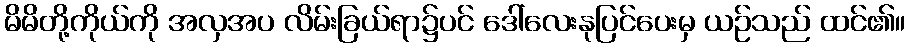
မိမိတို့ကိုယ်ကို အလှအပ လိမ်းခြယ်ရာ၌ပင် ဒေါ်လေးနုပြင်ပေးမှ ယဉ်သည် ထင်၏။